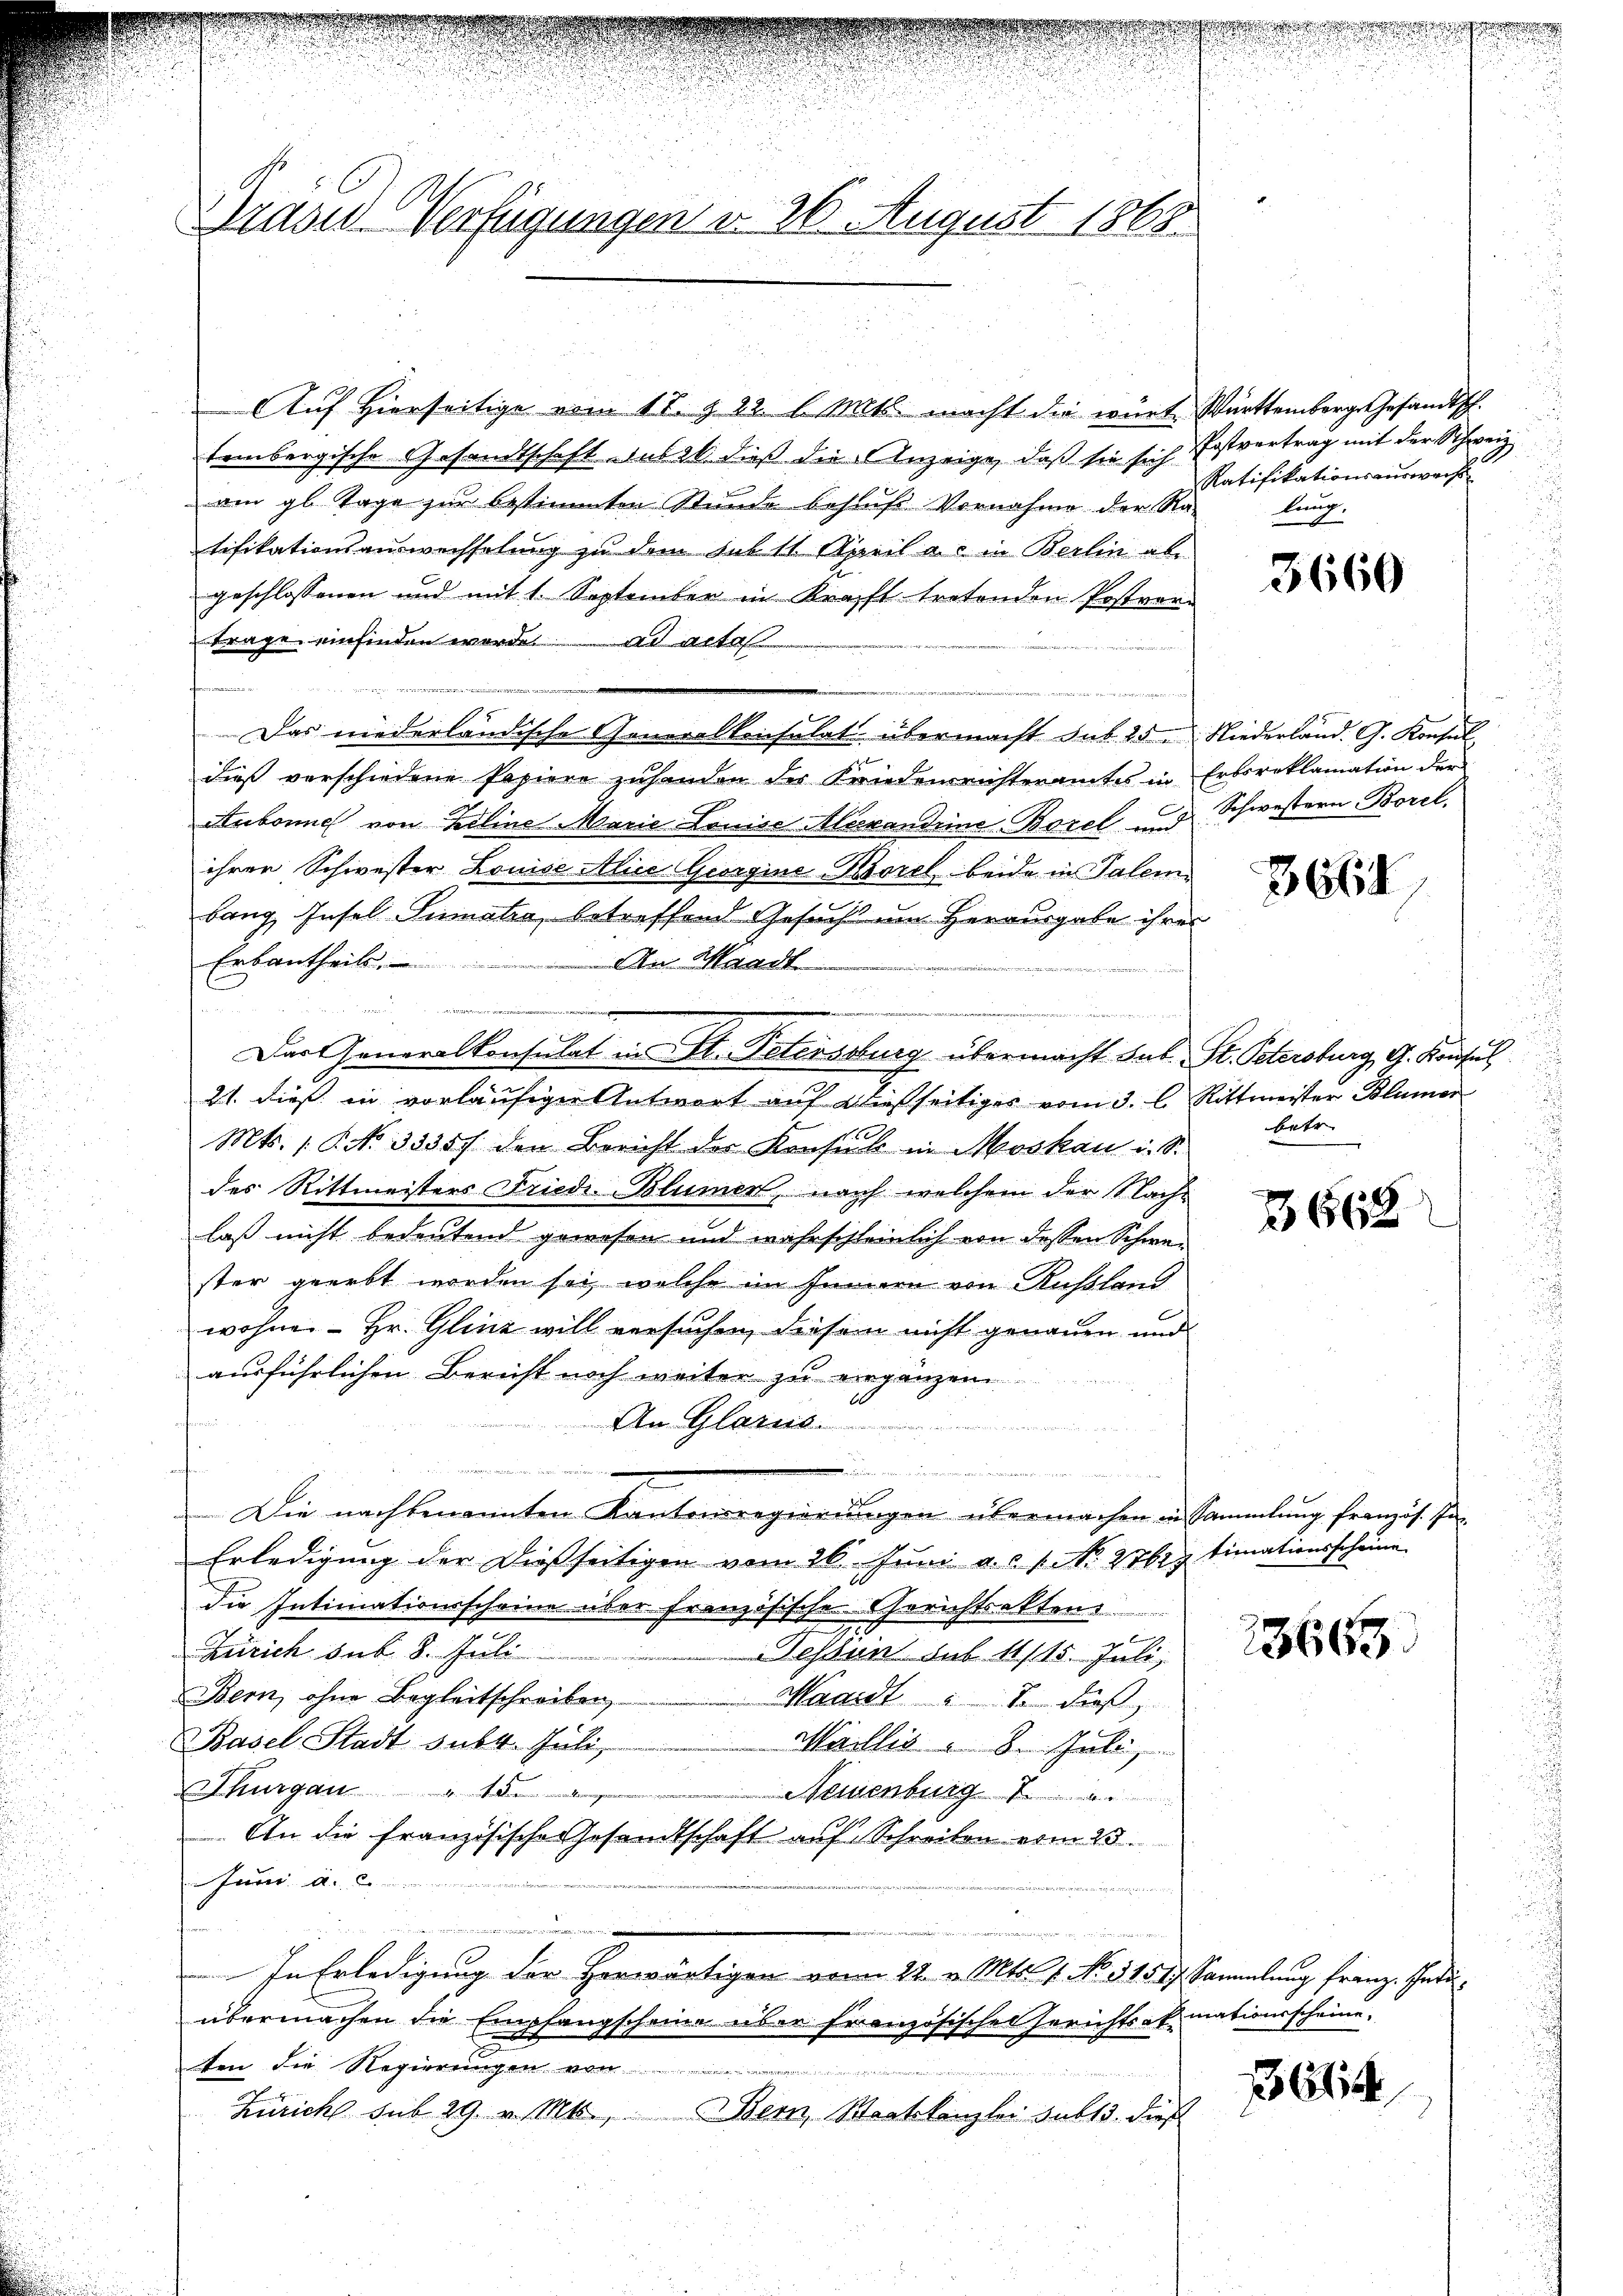
Prases Verfügungen d. 26. August 1868

Auf Hierseitige vom 17. d. 22. l. Mts. macht die würt Württemberge Gesandtsch.
tembergische Gesandtschaft sub 20. dieß die Anzeige, daß sie sich Postvertrag mit der Schweiz
am gl. Tage zur bestimmten Stunde behufs Vornahme der Ralung.
tifikationsauswechselung zu dem sub 11. April a. in Berlin abe
geschlossenen und mit 1. September in Kraft tretenden Postver-
trage einfinden werde. ad acte

e
Das niederländische Generalkonsulat übermacht sub. 25. Niederland. G. Konsul
dieß verschiedene Papiere zuhanden der Kriedensrichteramtes in Erbsreklamation der
Aubonne von Koline Marie Louise Alexandene Borel und Schwestern Borel,
ihren Schwester Louise Alice Georgine-Borel beide in Palem
bang, Insel Simalia, betreffend Gesuch um Herausgabe ihrer
Erbautheils,
An Waadt
e
d
Der Generalkonsulat in St. Potenssburg übermacht sub. St. Petersburg, G. Konsul
21. dieß in vorläufiger Antwort auf dießseitiges vom 3. l. Rittmeister Blümer
Mts. 1. No 33357 den Bericht der Konsul in Moskau u. S.
des Rittmeisters Friedi-Blumen, nach welchem der Nachlaß nicht bedeutend gewesen und wahrschleinlich von dessen Schwester geerbt worden sei, welche im Jennen von Kußland
wohne - Hr. Glück will versuchen, diesem nicht genauen und
ausführlichen Bericht noch weiter zu ergänzen.

An Glarus
f

u

Die nachbenannten Kantonsregierungen übermachen in Sammlung französ. In-
Erledigung der dießseitigen vom 26. Juni a.c. s. No. 27629 timationsscheine
die Intimationsscheine über französische Gerichtsakten
z
Zürich sub. 8. Juli
Tessin sub 11/15. Juli,
Bern, ohne Begleitschreiben,
Maaidt 2 dieß,
Basel Stadt subt. Juli,
Maillis 8. Juli
hurgau  ..  ..  ..
Neuenburg
An die französische Gesandtschaft auf Schreiben vom 23.
 Ja. a.
In Erledigung der Herwärtigen vom 24. v. Mts. 1. No. 31517. Sammlung Franze Inte
übermachen die En
pfangscheine über französischen Gerichtsabmationsscheine.
ten die Regierungen
Zürich sub 29. v. Mts., Bern, Staatskanzlei sub 3. dies

da er auf
.

Ratifikationsauswachs

3660

3661

betr.

3668

23663.

1614